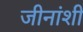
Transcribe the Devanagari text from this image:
जीनांशी